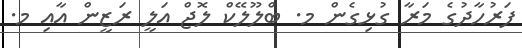
ފަރުހާދުގެ މަރާ ގުޅިގެން މ. ބްލޫލޭކް ލޮޖް އަލީ ރަޒީން އާއި މ.